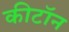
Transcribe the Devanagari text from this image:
कीटॉन